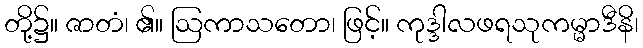
တို့၌။ ဇာတံ၊ ၏။ ဩကာသတော၊ ဖြင့်။ ကုဒ္ဒါလဖရသုကမ္မာဒီနိ၊